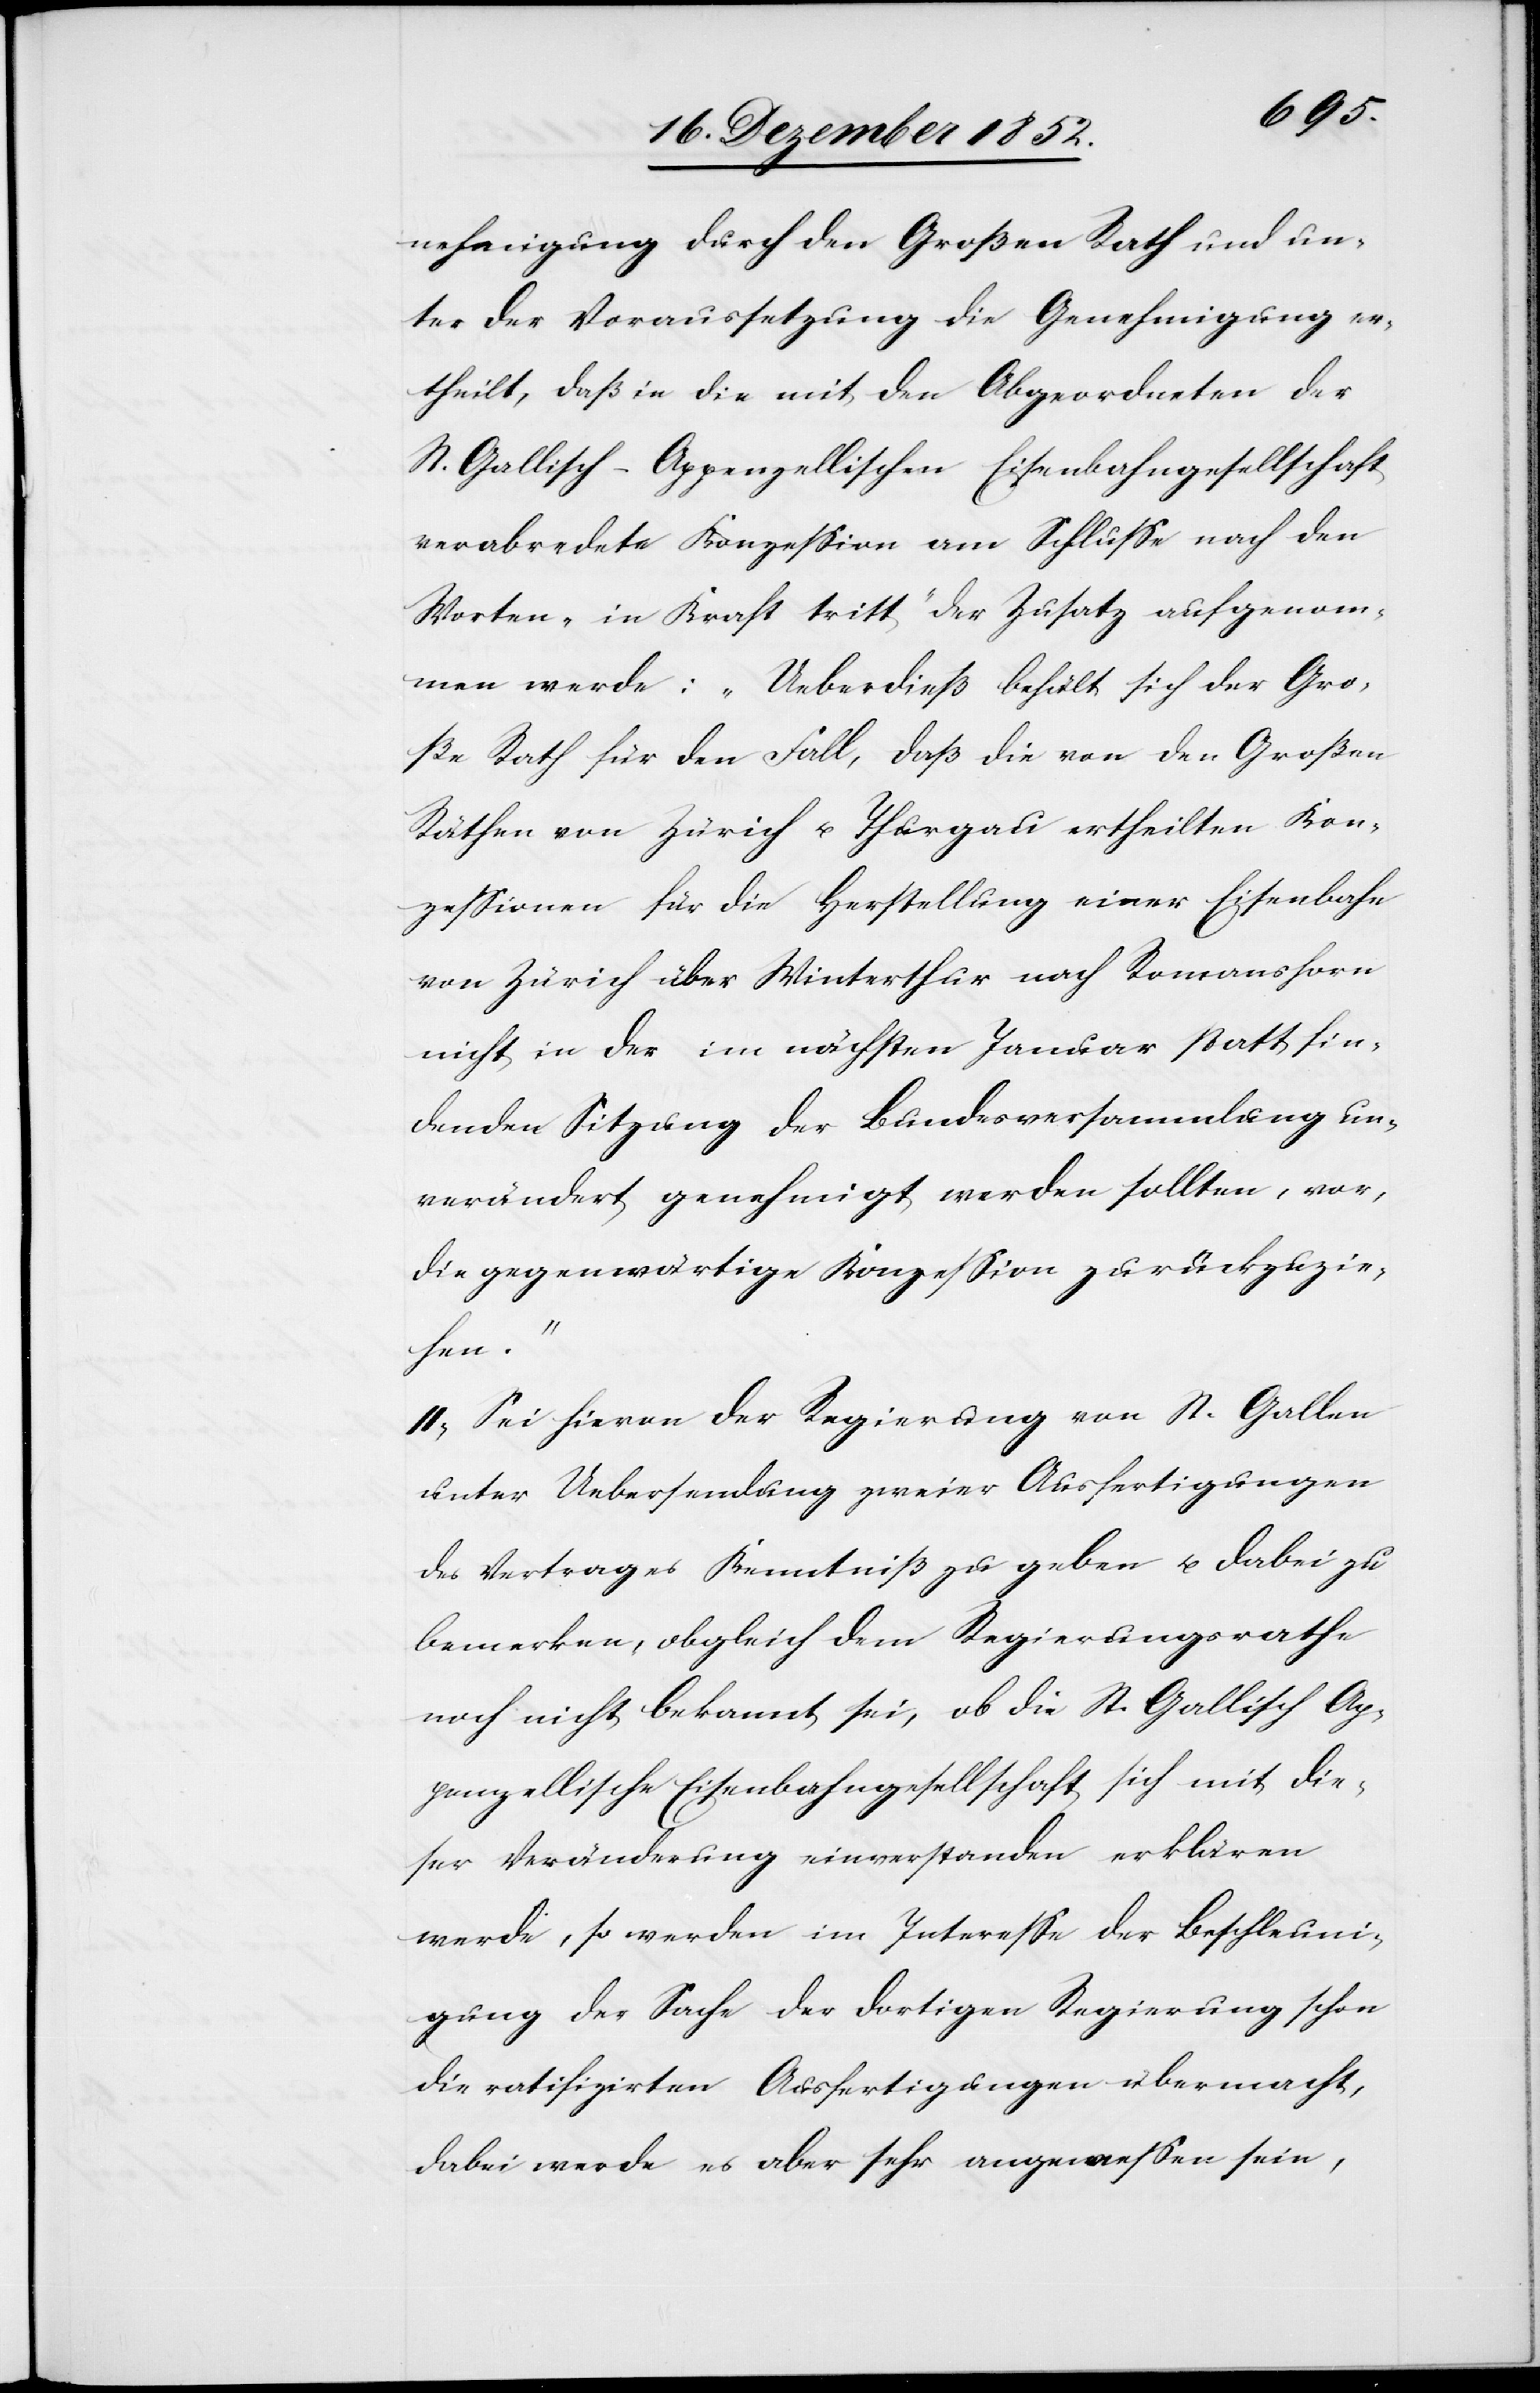
nehmigung durch den Großen Rath und un¬
ter der Voraussetzung die Genehmigung er¬
theilt, daß in die mit den Abgeordneten der
St. Gallisch-Appenzellischen Eisenbahngesellschaft
verabredete Konzession am Schlusse nach den
Worten „in Kraft tritt“ der Zusatz aufgenom¬
men werde: „Ueberdieß behält sich der Gro¬
ße Rath für den Fall, daß die von den Großen
Räthen von Zürich u. Thurgau ertheilten Kon¬
zessionen für die Herstellung einer Eisenbahn
von Zürich über Winterthur nach Romanshorn
nicht in der im nächsten Januar statt fin¬
denden Sitzung der Bundesversammlung un¬
verändert genehmigt werden sollten, vor,
die gegenwärtige Konzession zurückzuzie¬
hen.“
II, Sei hievon der Regierung von St. Gallen
unter Uebersendung zweier Ausfertigungen
des Vertrages Kenntniß zu geben u. dabei zu
bemerken, obgleich dem Regierungsrathe
noch nicht bekannt sei, ob die St. Gallisch Ap¬
penzellische Eisenbahngesellschaft sich mit die¬
ser Veränderung einverstanden erklären
werde, so werden im Interesse der Beschleuni¬
gung der Sache der dortigen Regierung schon
die ratifizirten Ausfertigungen übermacht,
dabei werde es aber sehr angemessen sein,